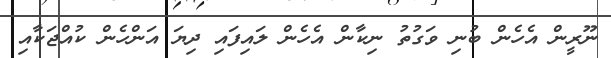
ނޫރީން އެހެން ބުނި ވަގުތު ނިކާން އެހެން ލައިފައި ދިޔަ އަންހެން ކުއްޖަކާއި